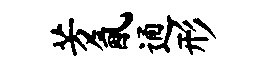
芳氤通形